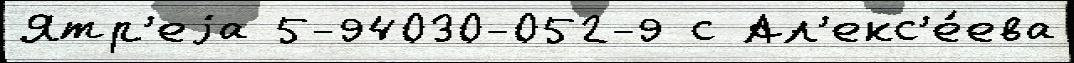
Ятр'еjа 5-94030-052-9 с Ал'екс'е́ева